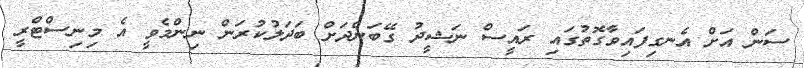
ސަން އަށް އެނގިފައިވާގޮތުގައި ރައީސް ނަޝީދު ގޭބަންދަށް ބަދަލުކުރަން ނިންމެވީ އެ މިނިސްޓްރީ